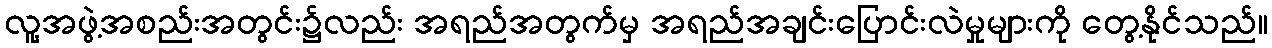
လူ့အဖွဲ့အစည်းအတွင်း၌လည်း အရည်အတွက်မှ အရည်အချင်းပြောင်းလဲမှုများကို တွေ့နိုင်သည်။